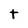
Character: t